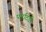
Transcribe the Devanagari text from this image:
पारटिडो